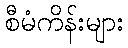
စီမံကိန်းများ